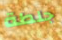
جلطة